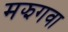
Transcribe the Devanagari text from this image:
मझगवा